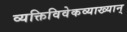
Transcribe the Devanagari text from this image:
व्यक्तिविवेकव्याख्यान्‌